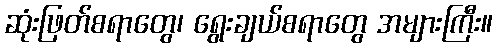
ဆုံးဖြတ်စရာတွေ၊ ရွေးချယ်စရာတွေ အများကြီး။